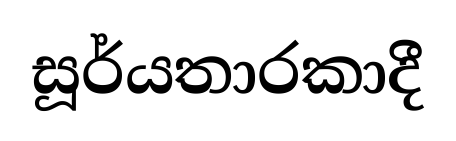
සූර්යතාරකාදී